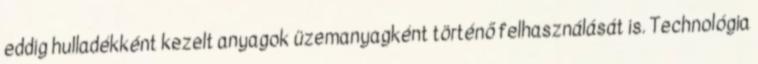
eddig hulladékként kezelt anyagok üzemanyagként történő felhasználását is. Technológia